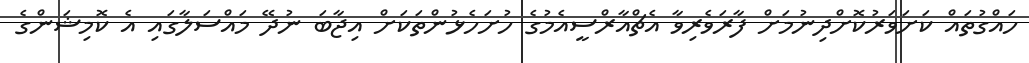
ހައްގުތައް ކަށަވަރުކޮށްދިނުމަށް ފާރަވެރިވާ އެޗްއާރްސީއެމުގެ ހުށަހެޅުންތަކަށް އިޖާބަ ނުދޭ މައްސަލާގައި އެ ކޮމިޝަންގެ